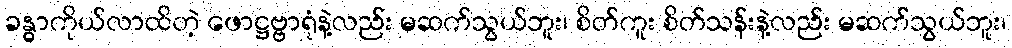
ခန္ဓာကိုယ်လာထိတဲ့ ဖောဋ္ဌဗ္ဗာရုံနဲ့လည်း မဆက်သွယ်ဘူး၊ စိတ်ကူး စိတ်သန်းနဲ့လည်း မဆက်သွယ်ဘူး၊